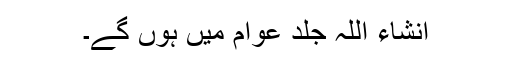
انشاء اللہ جلد عوام میں ہوں گے۔